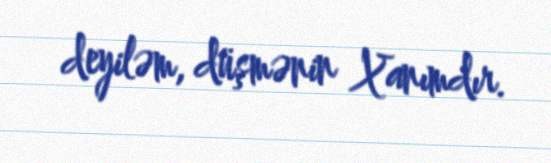
deyiləm, düşmənin Xanımdır.